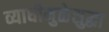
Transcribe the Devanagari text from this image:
व्याधीमुळेसुद्धा